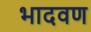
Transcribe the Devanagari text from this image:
भादवण